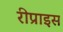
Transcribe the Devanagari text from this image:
रीप्राइस